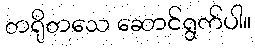
တရိုတသေ ဆောင်ရွက်ပါ။